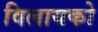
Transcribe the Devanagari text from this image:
विलायको